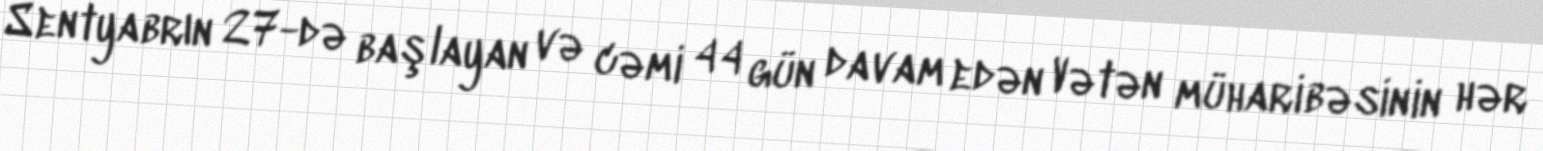
Sentyabrın 27-də başlayan və cəmi 44 gün davam edən Vətən müharibəsinin hər